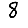
Digit: 8